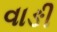
વાઙી